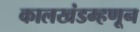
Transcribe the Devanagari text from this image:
कालखंडम्हणून